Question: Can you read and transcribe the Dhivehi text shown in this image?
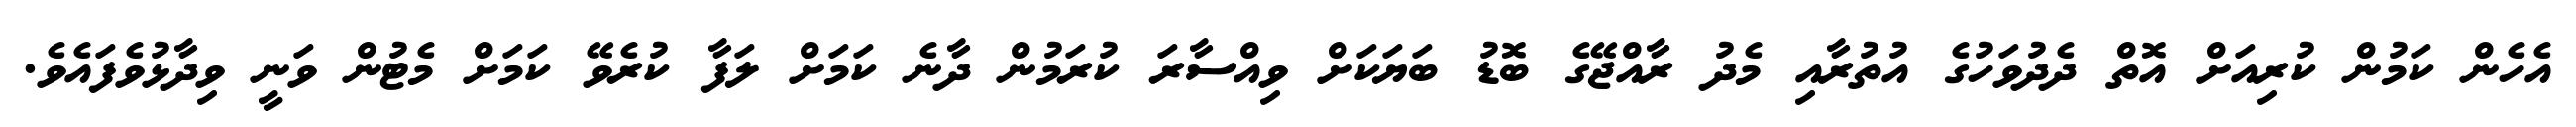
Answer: އެހެން ކަމުން ކުރިއަށް އޮތް ދެދުވަހުގެ އުތުރާއި މެދު ރާއްޖޭގެ ބޮޑު ބަޔަކަށް ވިއްސާރަ ކުރަމުން ދާނެ ކަމަށް ލަފާ ކުރެވޭ ކަމަށް މެޓުން ވަނީ ވިދާޅުވެފައެވެ.